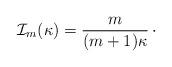
LaTeX: \begin{align*}{\cal I}_{m}(\kappa) = {m\over (m+1)\kappa }\,\cdotp\end{align*}